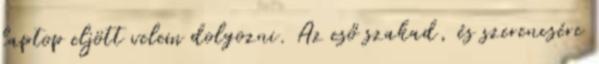
laptop eljött velem dolgozni. Az eső szakad, és szerencsére